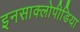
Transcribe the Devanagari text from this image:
इनसाक्लोपीडिया